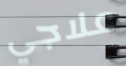
علاجي